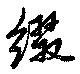
綴